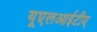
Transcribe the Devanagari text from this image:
यूएलआईटीए